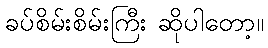
ခပ်စိမ်းစိမ်းကြီး ဆိုပါတော့။